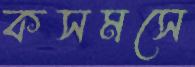
কসমসে